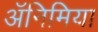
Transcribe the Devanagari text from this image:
अॅनिमिया